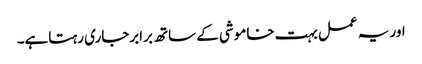
اور یہ عمل بہت خاموشی کے ساتھ برابرجاری رہتاہے۔